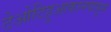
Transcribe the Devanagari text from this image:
टेओटिहुआकानपासून